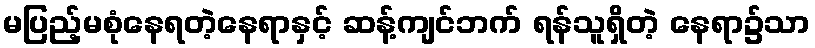
မပြည့်မစုံနေရတဲ့နေရာနှင့် ဆန့်ကျင်ဘက် ရန်သူရှိတဲ့ နေရာ၌သာ